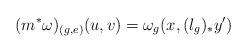
LaTeX: \begin{align*}(m^\ast\omega)_{(g,e)}(u,v)=\omega_{g}(x,(l_g)_{\ast}y')\end{align*}